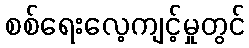
စစ်ရေးလေ့ကျင့်မှုတွင်